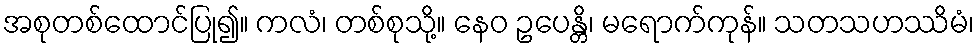
အစုတစ်ထောင်ပြု၍။ ကလံ၊ တစ်စုသို့။ နေဝ ဥပေန္တိ၊ မရောက်ကုန်။ သတသဟဿိမံ၊